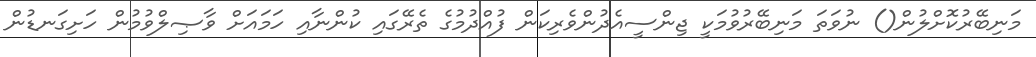
މަނިބޭރުކޮށްލުން() ނުވަތަ މަނިބޭރުވުމަކީ ޖިންސީއެދުންވެރިކަން ފުއްދުމުގެ ތެރޭގައި ކުންނާއި ހަމައަށް ވާޞިލްވުމުން ހަށިގަނޑުން